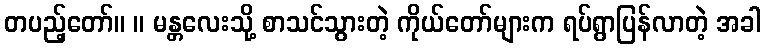
တပည့်တော်။ ။ မန္တလေးသို့ စာသင်သွားတဲ့ ကိုယ်တော်များက ရပ်ရွာပြန်လာတဲ့ အခါ